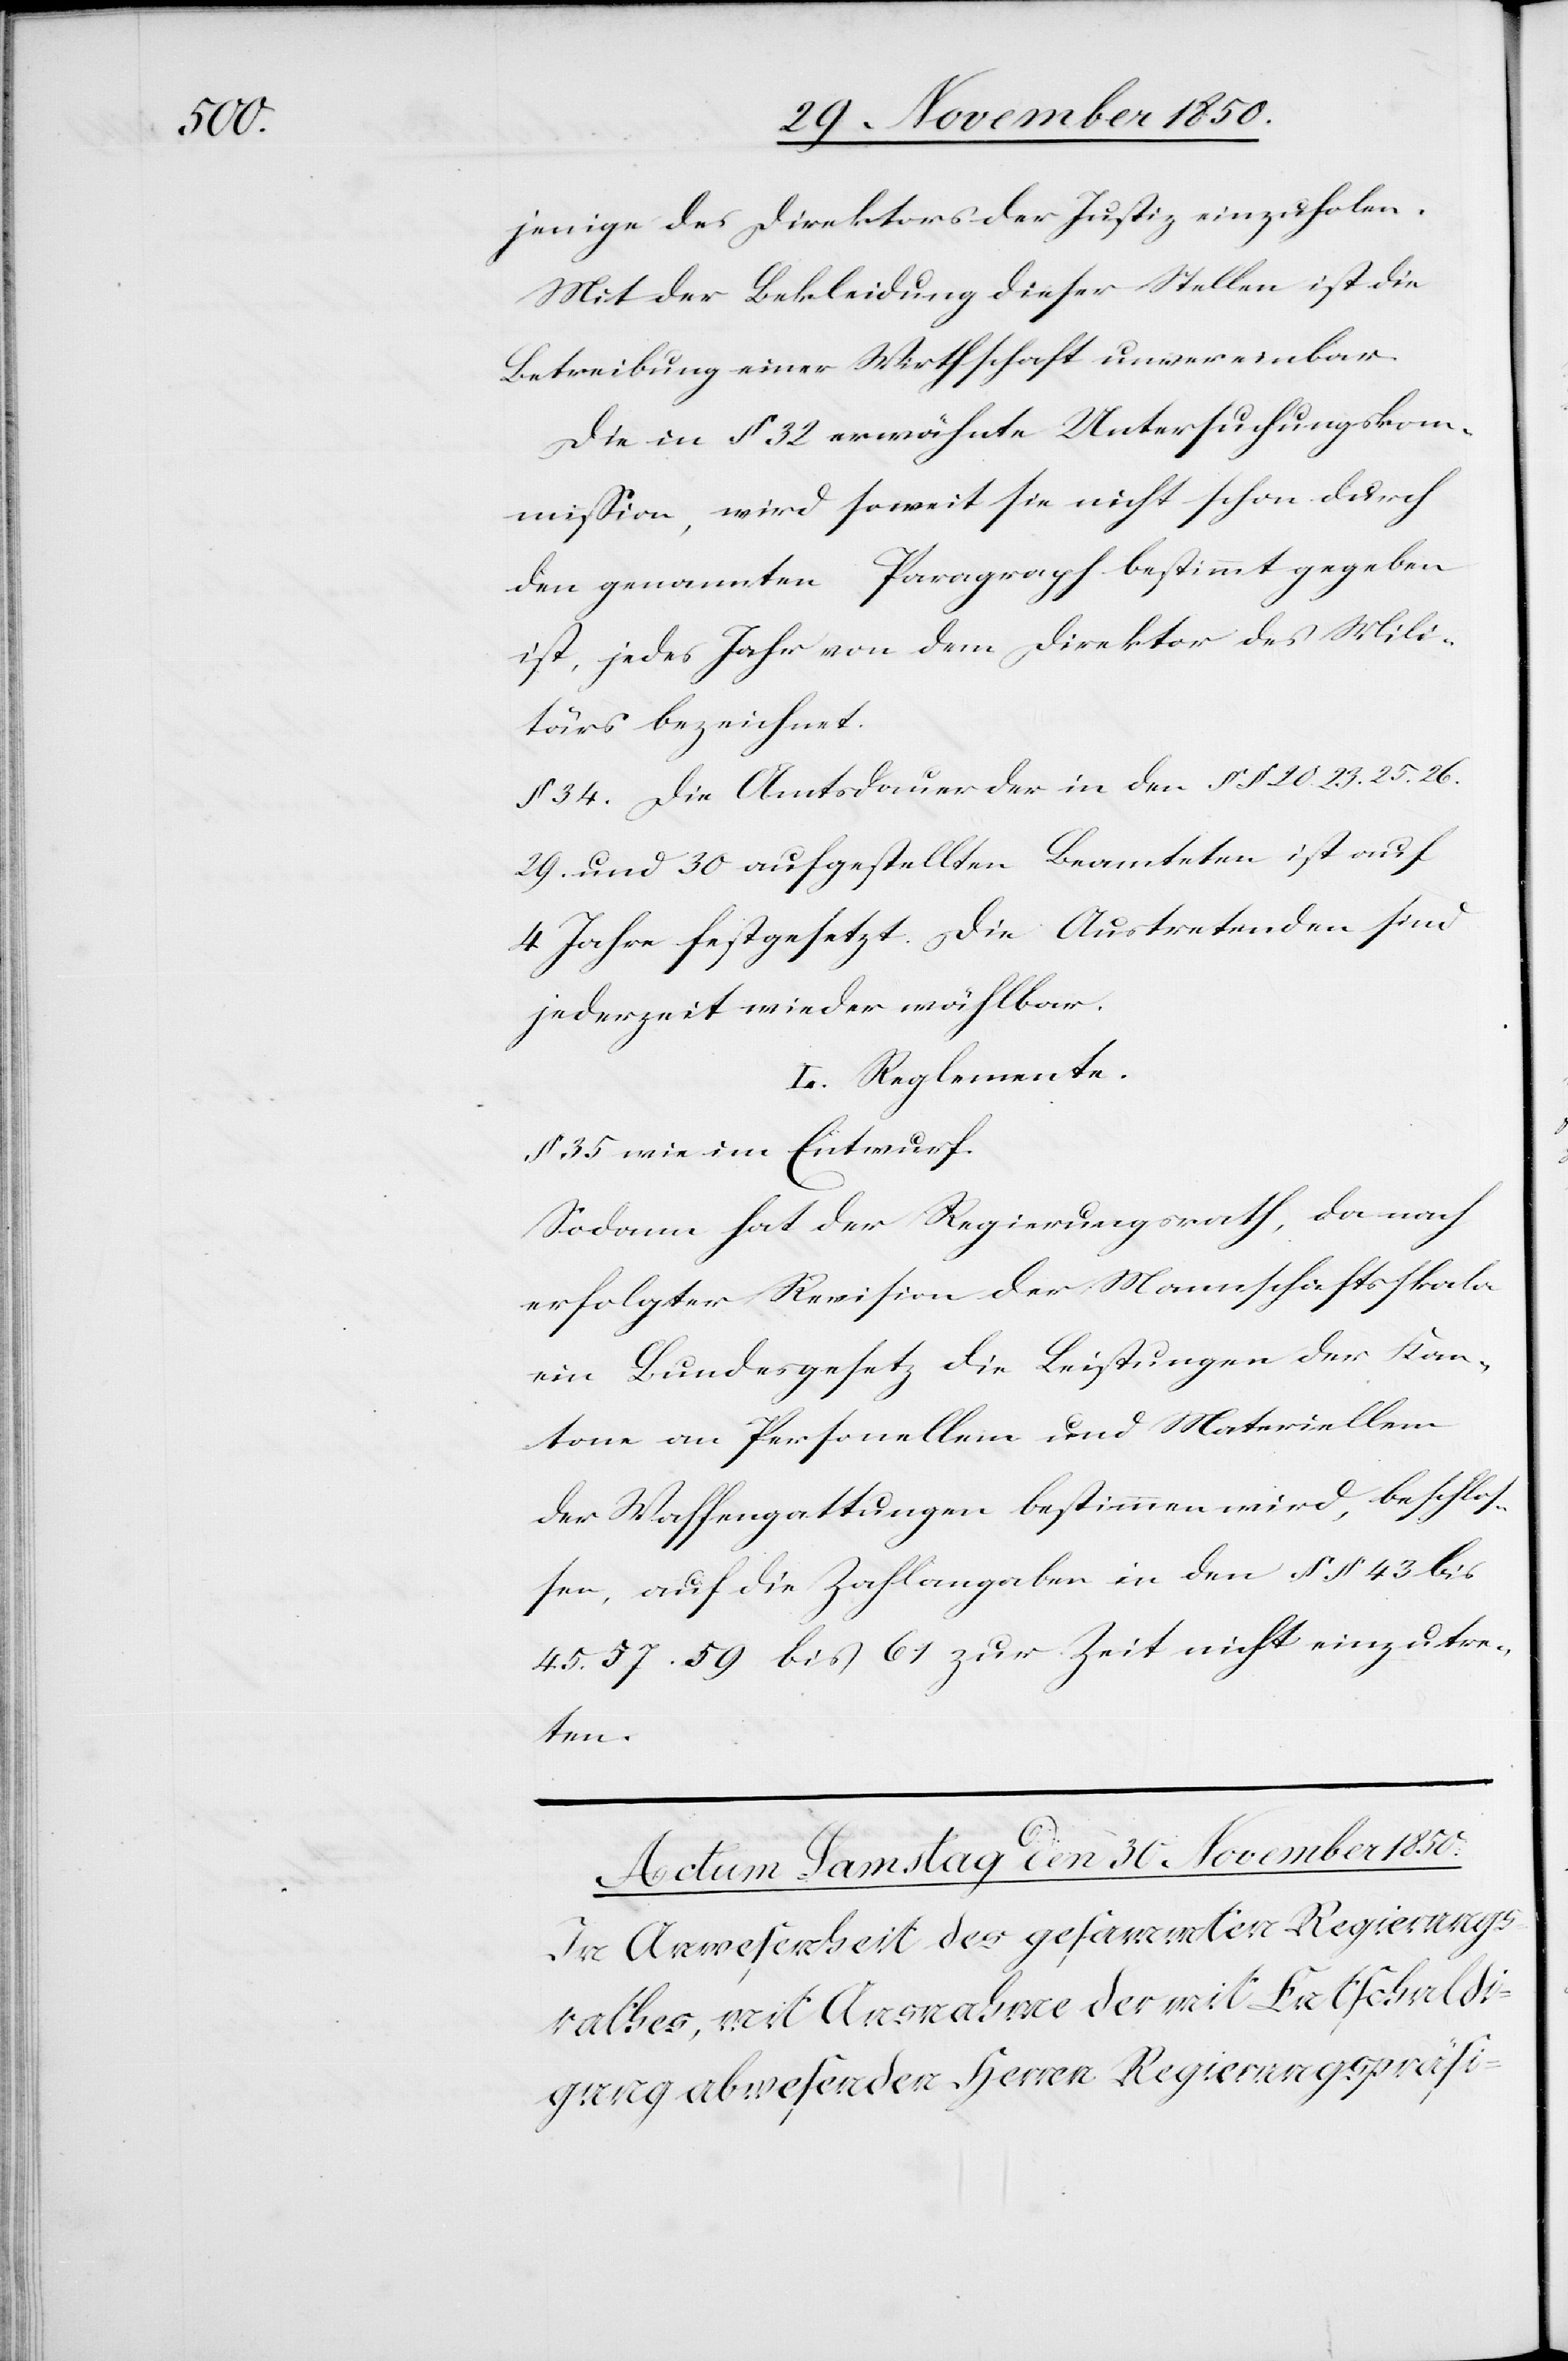
jenige des Direktors der Justiz einzuholen.
Mit der Bekleidung dieser Stellen ist die
Betreibung einer Wirthschaft unvereinbar.
Die in § 32 erwähnte Untersuchungskom¬
mission, wird soweit sie nicht schon durch
den genannten Paragraph bestimmt gegeben
ist, jedes Jahr von dem Direktor des Mili¬
tärs bezeichnet.
§ 34. Die Amtsdauer der in den § § 20. 23. 25. 26.
29. und 30 aufgestellten Beamteten ist auf
4 Jahre festgesetzt. Die Austretenden sind
jederzeit wieder wählbar.
L. Reglemente.
§ 35 wie im Entwurf.
Sodann hat der Regierungsrath, da nach
erfolgter Revision der Mannschaftsskala
ein Bundesgesetz die Leistungen der Kan¬
tone an Personellem und Materiellem
der Waffengattungen bestimmen wird, beschlos¬
sen, auf die Zahlangaben in den § § 43 bis
45.[,] 57.[,] 59 bis 61 zur Zeit nicht einzutre¬
ten.